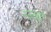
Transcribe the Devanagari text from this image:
रजबहे